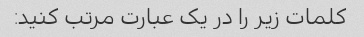
کلمات زیر را در یک عبارت مرتب کنید: